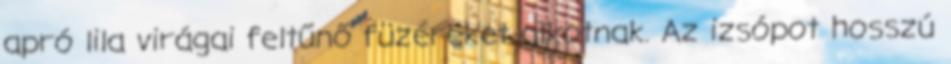
apró lila virágai feltűnő füzéreket alkotnak. Az izsópot hosszú